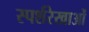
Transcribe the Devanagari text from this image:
स्पर्शरेखाओं